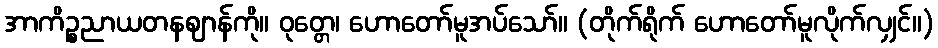
အာကိဉ္စညာယတနဈာန်ကို။ ဝုတ္တေ၊ ဟောတော်မူအပ်သော်။ (တိုက်ရိုက် ဟောတော်မူလိုက်လျှင်။)